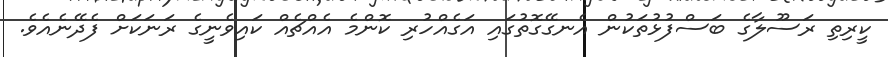
ކީރިތި ރަސޫލާގެ ބަސްފުޅުތަކުން އެނގޭގޮތުގައި އަގެއްހުރި ކޮންމެ އެއްޗެއް ކައިވެނީގެ ރަނަކަށް ފެދޭނެއެވެ.